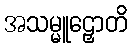
အသမ္မူဠှောတိ